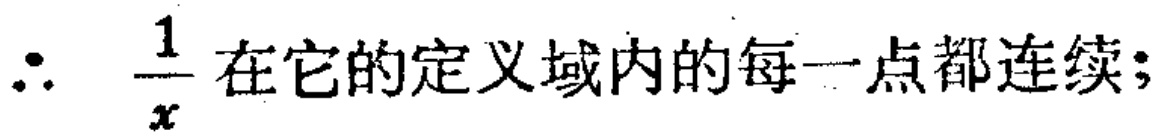
$\therefore\ \frac{1}{x} 在它的定义域内的每一点都连续;$